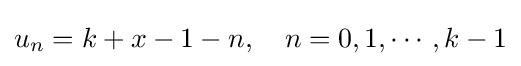
u_{n}=k+x-1-n,\quad n=0,1,\cdots ,k-1